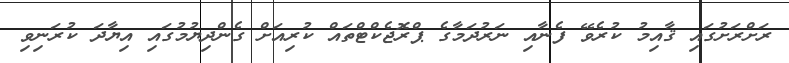
ރަށްރަށުގައި ޤާއިމު ކުރެވޭ ފެނާއި ނަރުދަމާގެ ޕްރޮޖެކްޓްތައް ކުރިއަށް ގެންދިޔުމުގައި އިޔާދަ ކުރަނިވި